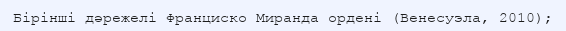
Бірінші дәрежелі Франциско Миранда ордені (Венесуэла, 2010);